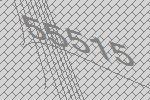
55515